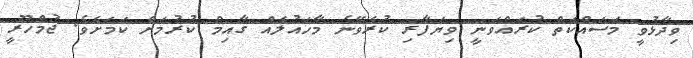
ވިދާޅުވީ މަސައްކަތް ކުރައްވަނީ ވިޔަފާރި ކުރެވޭނެ މާހައުލެއް ގާއިމް ކުރުމަށް ކަމަށެވެ. ޖުމްހޫރީ